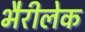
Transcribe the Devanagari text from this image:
भैरीलेक